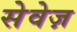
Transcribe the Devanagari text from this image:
सेवेज़